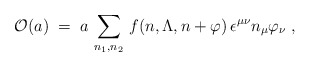
\begin{align*}{\cal O} (a) \;=\; a \, \sum_{n_1,n_2} \, f (n,\Lambda, n+ \varphi ) \,\epsilon^{\mu \nu} n_{\mu} \varphi_{\nu} \;,\end{align*}